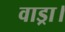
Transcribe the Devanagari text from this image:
वाड्रा।